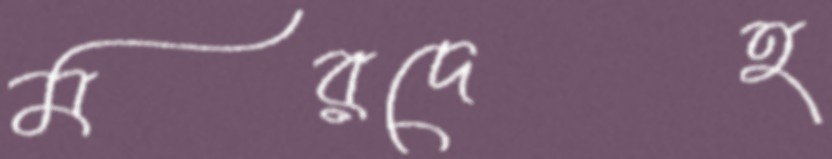
মরদেহ